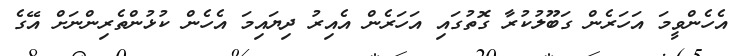
އެހެންވީމަ އަހަރެން ގަބޫލުކުރާ ގޮތުގައި އަހަރެން އެއިރު ދިޔައިމަ އެހެން ކުޅުންތެރިންނަށް އޭގެ